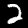
Label: 2